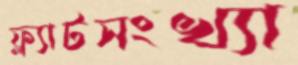
ফ্ল্যাটসংখ্যা